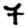
Digit: 7